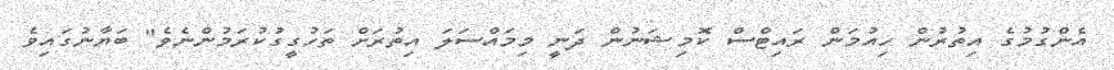
އެންގުމުގެ އިތުރުން ހިއުމަން ރައިޓްސް ކޮމިޝަނުން ދަނީ މިމައްސަލަ އިތުރަށް ތަހުގީގުކުރަމުންނެވެ" ބަޔާނުގައިވެ